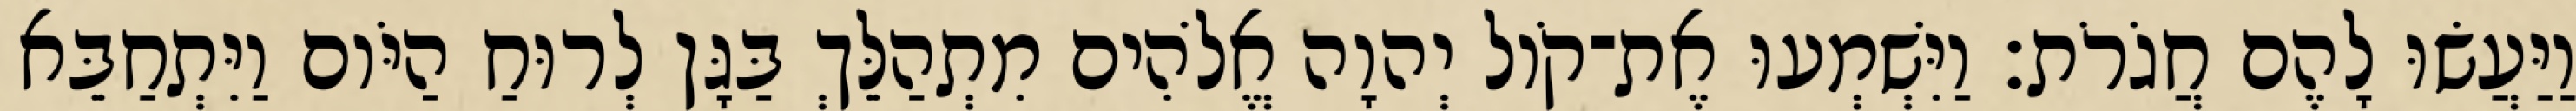
וַיַּעֲשׂוּ לָהֶם חֲגֹרֹת׃ וַיִּשְׁמְעוּ אֶת־קֹול יְהוָה אֱלֹהִים מִתְהַלֵּךְ בַּגָּן לְרוּחַ הַיֹּום וַיִּתְחַבֵּא